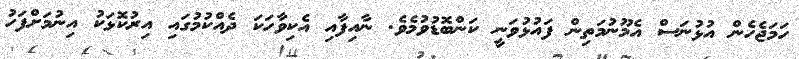
ހަމަޖެހެން އުޅުނަސް އެމޫނުމަތިން ފައުޅުވަނީ ކަންބޮޑުވުމެވެ. ނާއިފާއި އެކިވާހަކަ ދެއްކުމުގައި އިރުކޮޅަކު އިނުމަށްފަހު